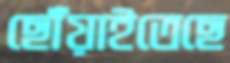
ছোঁয়াইতেছে